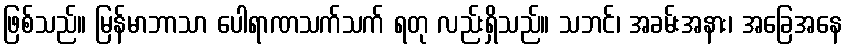
ဖြစ်သည်။ မြန်မာဘာသာ ပေါရာဏသက်သက် ရတု လည်းရှိသည်။ သဘင်၊ အခမ်းအနား၊ အခြေအနေ